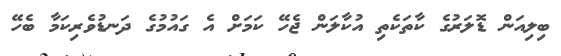
ބިލިއަން ޑޮލަރުގެ ކާތަކެތި އުކާލަން ޖެހޭ ކަމަށް އެ ގައުމުގެ ދަނޑުވެރިކަމާ ބެހޭ